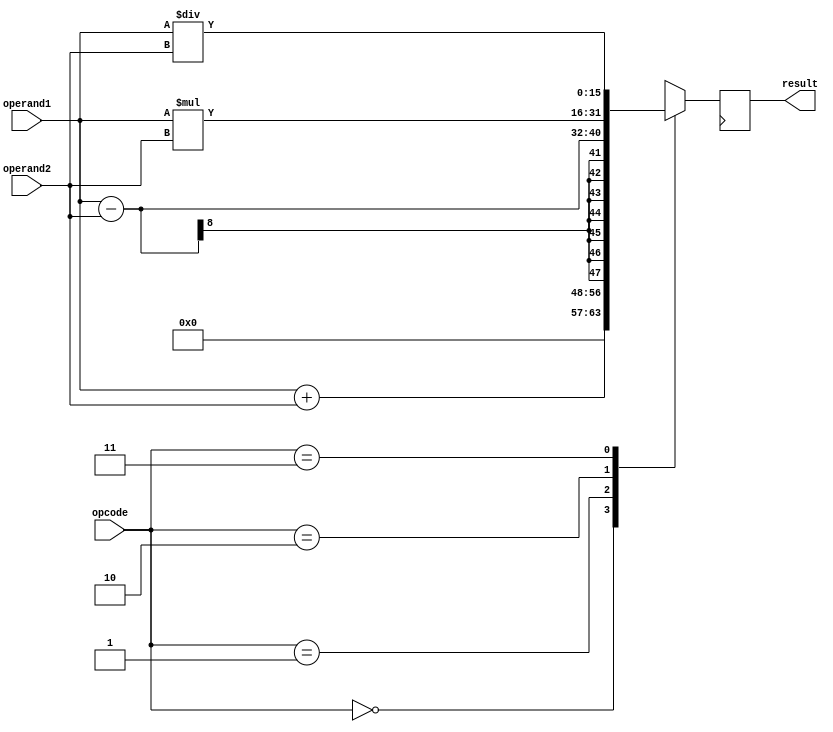
module Arithmetic_ALU (
    input [7:0] operand1, operand2,
    input [1:0] opcode,
    output reg [15:0] result
);

reg [15:0] temp_result;

always @(*)
begin
    case (opcode)
        2'b00: // Addition operation
            temp_result = operand1 + operand2;
        2'b01: // Subtraction operation
            temp_result = operand1 - operand2;
        2'b10: // Multiplication operation
            temp_result = operand1 * operand2;
        2'b11: // Division operation
            temp_result = operand1 / operand2;
        default:
            temp_result = 16'b0;
    endcase
end

always @(posedge clk)
begin
    result <= temp_result;
end

endmodule